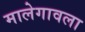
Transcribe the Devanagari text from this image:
मालेगावला